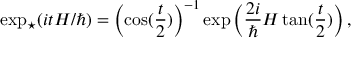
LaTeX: \exp _ { \star } ( i t H / \hbar ) = \left( \cos ( \frac { t } { 2 } ) \right) ^ { - 1 } \exp \left( \frac { 2 i } { \hbar } H \tan ( \frac { t } { 2 } ) \right) ,